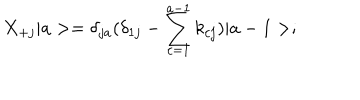
X _ { + j } \vert a > = \delta _ { j a } ( \delta _ { 1 j } - \sum _ { c = 1 } ^ { a - 1 } k _ { c j } ) \vert a - 1 > ;